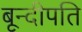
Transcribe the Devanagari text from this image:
बून्दीपति